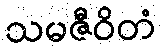
သမဇီဝိတံ